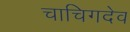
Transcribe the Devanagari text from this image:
चाचिगदेव